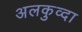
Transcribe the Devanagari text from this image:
अलकुव्दा